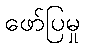
ဖော်ပြမှု